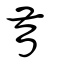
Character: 督